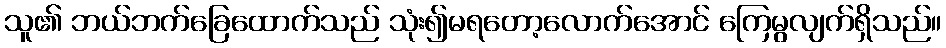
သူ၏ ဘယ်ဘက်ခြေထောက်သည် သုံး၍မရတော့လောက်အောင် ကြေမွလျက်ရှိသည်။